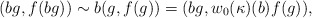
\begin{align*}(bg, f(bg))\sim b(g,f(g))=(bg,w_0(\kappa)(b)f(g)),\end{align*}